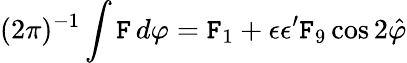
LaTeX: (2\pi)^{-1}\int\mathtt{F}\, d\varphi=\mathtt{F}_{1}+\epsilon\epsilon^{\prime}\mathtt{F}_{9}\cos2\hat{{\varphi}}